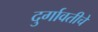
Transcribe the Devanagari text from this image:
दुर्गावतीचे